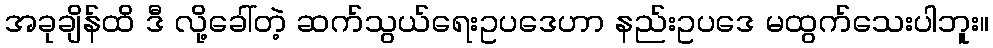
အခုချိန်ထိ ဒီ လို့ခေါ်တဲ့ ဆက်သွယ်ရေးဥပဒေဟာ နည်းဥပဒေ မထွက်သေးပါဘူး။